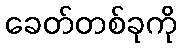
ခေတ်တစ်ခုကို